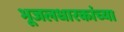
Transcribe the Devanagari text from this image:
भूजलधारकांच्या